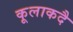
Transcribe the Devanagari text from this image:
कूलाकदै